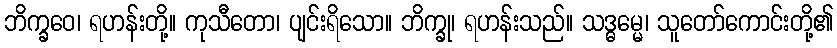
ဘိက္ခဝေ၊ ရဟန်းတို့။ ကုသီတော၊ ပျင်းရိသော။ ဘိက္ခု၊ ရဟန်းသည်။ သဒ္ဓမ္မေ၊ သူတော်ကောင်းတို့၏